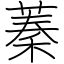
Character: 蓁